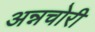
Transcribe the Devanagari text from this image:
अन्नचोरी